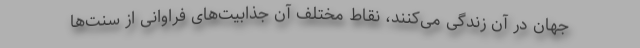
جهان در آن زندگی می‌کنند، نقاط مختلف آن جذابیت‌های فراوانی از سنت‌ها